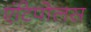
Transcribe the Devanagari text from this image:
एंटिपोलस